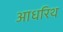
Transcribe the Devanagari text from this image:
आधरिथ